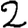
Digit: 2